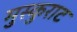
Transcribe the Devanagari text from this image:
मुस्कुराट